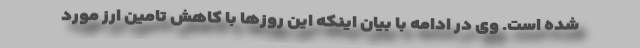
شده است. وی در ادامه با بیان اینکه این روزها با کاهش تامین ارز مورد